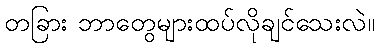
တခြား ဘာတွေများထပ်လိုချင်သေးလဲ။